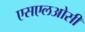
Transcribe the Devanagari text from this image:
एसएलओसी